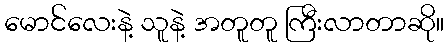
မောင်လေးနဲ့ သူနဲ့ အတူတူ ကြီးလာတာဆို။